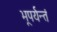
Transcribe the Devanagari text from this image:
भूपर्यन्तं